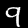
Digit: 9